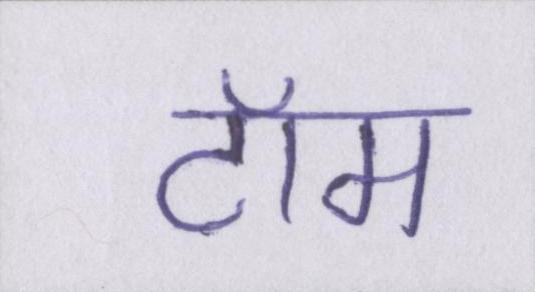
टॉम